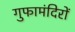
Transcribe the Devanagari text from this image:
गुफामंदिरों